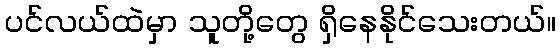
ပင်လယ်ထဲမှာ သူတို့တွေ ရှိနေနိုင်သေးတယ်။